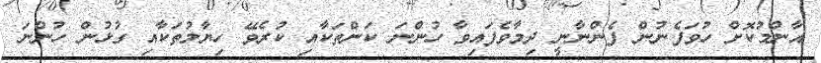
އާންމުކޮށް ހުވަފެނުން ފެންނާނީ ދިމާވެފައިވާ ހުންނަ ކަންތަކާއި ކުރެވޭ ހިޔާލުތަކާއި ގުޅުން ހުންނަ